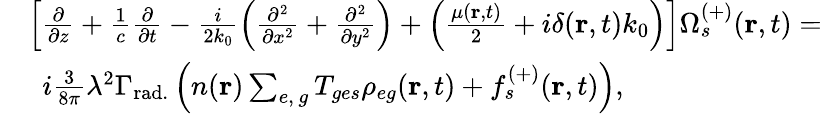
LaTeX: \begin{array}{rl}&{\left[\frac{\partial}{\partial z}+\frac{1}{c}\frac{\partial}{\partial t}-\frac{i}{2k_{0}}\left(\frac{\partial^{2}}{\partial x^{2}}+\frac{\partial^{2}}{\partial y^{2}}\right)+\left(\frac{\mu(\textbf{r},t)}{2}+i\delta(\textbf{r},t)k_{0}\right)\right]\Omega_{s}^{(+)}(\textbf{r},t)=}\\ &{\, \, \, i\frac{3}{8\pi}\lambda^{2}\Gamma_{\mathrm{rad.}}\left(n(\textbf{r})\sum_{e,\, g}T_{ges}\rho_{eg}(\textbf{r},t)+f_{s}^{(+)}(\textbf{r},t)\right),}\end{array}